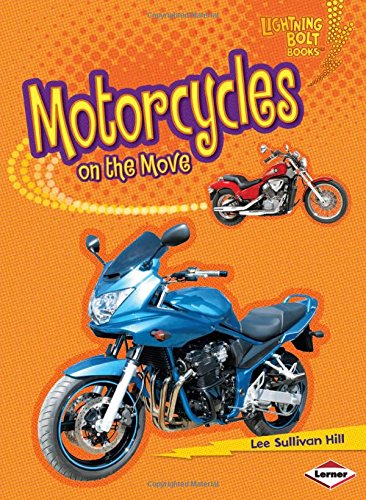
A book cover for Motorcycles on the Move (Lightning Bolt Books: Vroom-Vroom); Lee Sullivan Hill; Children's Books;